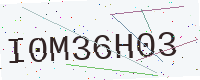
Text: I0M36H03